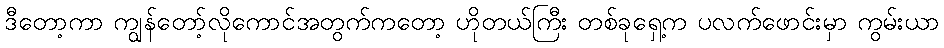
ဒီတော့ကာ ကျွန်တော့်လိုကောင်အတွက်ကတော့ ဟိုတယ်ကြီး တစ်ခုရှေ့က ပလက်ဖောင်းမှာ ကွမ်းယာ